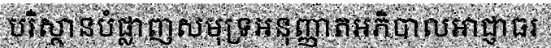
បរិស្ថានបំផ្លាញសមុទ្រអនុញ្ញាតអភិបាលអាជ្ញាធរ